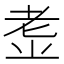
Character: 𱻩